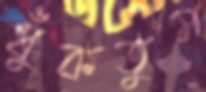
ধুঁকতুম